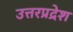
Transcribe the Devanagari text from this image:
उत्तरप्रद्रेश